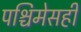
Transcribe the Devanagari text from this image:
पश्चिमेसही